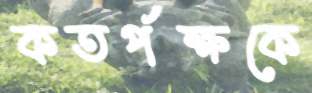
কতর্পক্ষকে